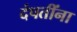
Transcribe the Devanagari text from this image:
दंपतींना